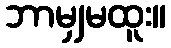
ဘာမျှမထူး။